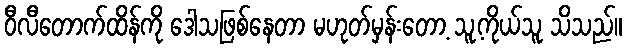
ဝီလီတောက်ထိန်ကို ဒေါသဖြစ်နေတာ မဟုတ်မှန်းတော့ သူ့ကိုယ်သူ သိသည်။